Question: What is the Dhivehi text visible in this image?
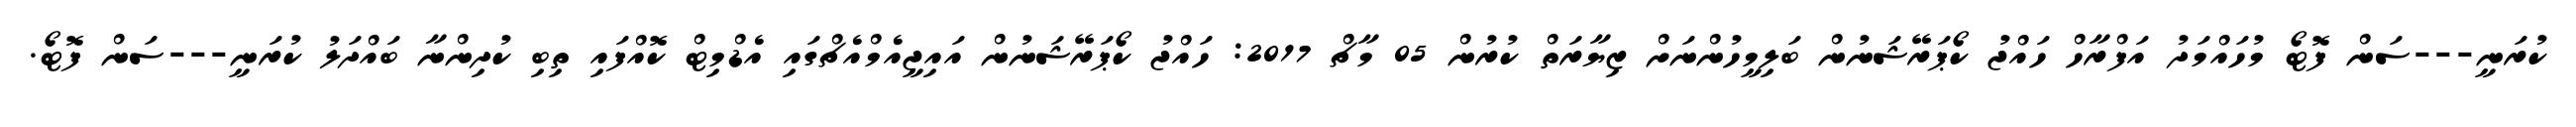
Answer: ކުރަނީ---ސަން ފޮޓޯ މުހައްމަދު އަފްރާހް ހައްޖު ކޯޕަރޭޝަނުން ބަލިމީހުންނަށް ޒިޔާރަތް ކުރުން 05 މާޗް 2017: ހައްޖު ކޯޕަރޭޝަނުން އައިޖީއެމްއެޗްގައި އެޑްމިޓް ކޮއްފައި ތިބި ކުދިންނާ ބައްދަލު ކުރަނީ---ސަން ފޮޓޯ.